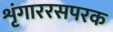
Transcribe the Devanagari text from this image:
शृंगाररसपरक